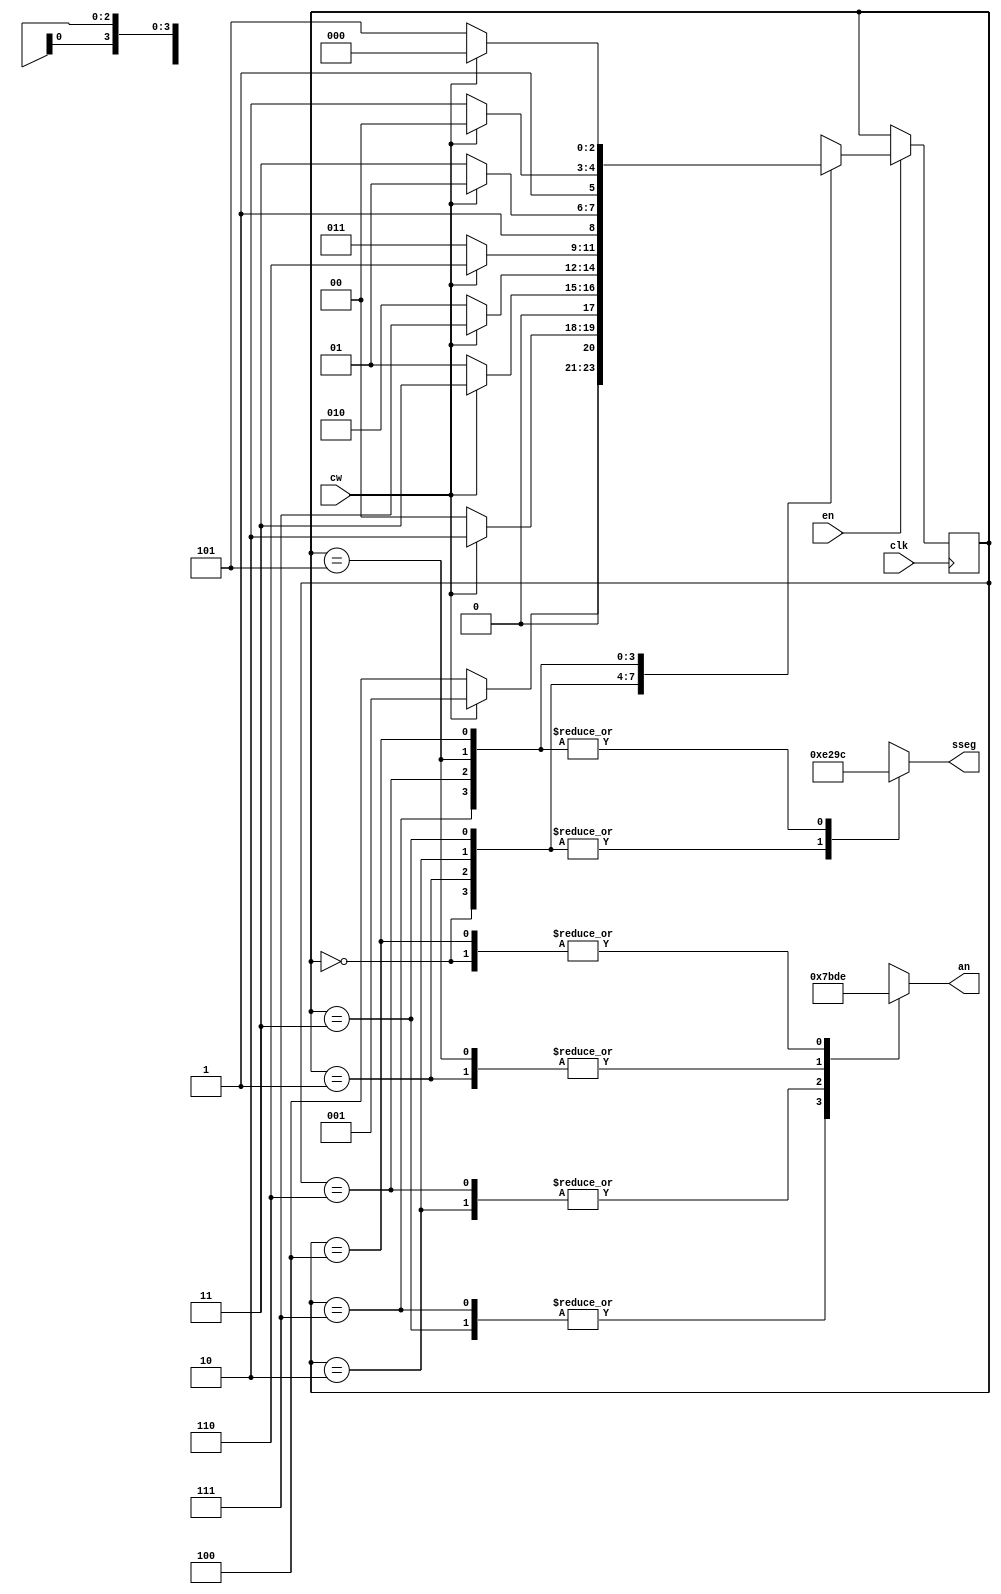
`timescale 1ns / 1ps
// Moore machine of a lit square rotating every clock cycle (clk)
// across the four seven segment (sseg) display. en halts or resumes the process.
// cw, makes the square rotate clockwise or counter-clockwise. an enables one 
// of the four sseg outputs its value. Using this Finite State Machine (FSM), the
// square retains its position even after the en or cw switch is toggled.    
//////////////////////////////////////////////////////////////////////////////////
module RSC(
	input wire clk, cw, en,
	output reg [3:0] an,
	output reg [7:0] sseg
    );
	 // 8 different states
	 localparam [2:0]	
							ZERO_BOT	= 3'd0,
							ONE_BOT 	= 3'd1,
							TWO_BOT		= 3'd2,
							THREE_BOT	= 3'd3,
							ZERO_TOP	= 3'd4,
							ONE_TOP 	= 3'd5,
							TWO_TOP		= 3'd6,
							THREE_TOP	= 3'd7;
	// 4 sseg display and 1 off, where none of the sseg displays its value
	localparam [3:0]				DISP_0 = 4'b1110,
							DISP_1 = 4'b1101,
							DISP_2 = 4'b1011,
							DISP_3 = 4'b0111,
							OFF    = 4'b1111;
	// display for square top or bottom
	localparam [7:0]	BOT = 8'b11100010,
				TOP = 8'b10011100;

	// internal signals						
	reg [2:0] state_reg, state_next;

	initial state_reg = ZERO_TOP; //ABSOLUTELY necessary in order for FPGA display to work
	
	// current state sequential
	always @ (posedge clk) begin 
		if(en)  
			state_reg <= state_next; 
	end
	
	// next state and Moore output combinational
	always @ * begin
		state_next = state_reg;
		case(state_reg)
			ZERO_BOT: begin
				an = DISP_0;
				sseg = BOT;
				state_next = (cw) ? ONE_BOT: ZERO_TOP; 
			end
			ONE_BOT: begin
				an = DISP_1;
				sseg = BOT;
				state_next = (cw) ? TWO_BOT: ZERO_BOT; 
			end
			TWO_BOT: begin
				an = DISP_2;
				sseg = BOT;
				state_next = (cw) ? THREE_BOT: ONE_BOT; 
			end
			THREE_BOT: begin
				an = DISP_3;
				sseg = BOT;
				state_next = (cw) ? THREE_TOP: TWO_BOT; 
			end
			THREE_TOP:begin
				an = DISP_3;
				sseg = TOP;
				state_next = (cw) ? TWO_TOP: THREE_BOT; 
			end
			TWO_TOP:begin
				an = DISP_2;
				sseg = TOP;
				state_next = (cw) ? ONE_TOP: THREE_TOP; 
			end
			ONE_TOP:begin
				an = DISP_1;
				sseg = TOP;
				state_next = (cw) ? ZERO_TOP: TWO_TOP; 
			end
			ZERO_TOP:begin
				an = DISP_0;
				sseg = TOP;
				state_next = (cw) ? ZERO_BOT: ONE_TOP; 
			end
			default: begin
				state_next = ZERO_BOT; // might be redundant because state_next is defined before the case statement
				an = OFF;
				sseg = BOT;
			end
		endcase	
	end		
endmodule //RSC